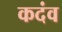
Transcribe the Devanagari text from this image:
कदंव